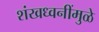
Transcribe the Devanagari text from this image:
शंखध्वनींमुळे